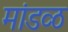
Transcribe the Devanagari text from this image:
मांडव्ठ